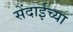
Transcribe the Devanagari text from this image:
सेंदाईच्या